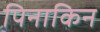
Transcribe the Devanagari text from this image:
पिनाकिन